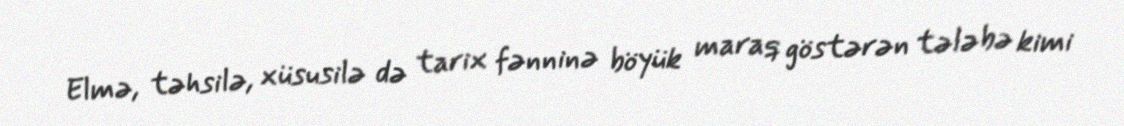
Elmə, təhsilə, xüsusilə də tarix fənninə böyük maraq göstərən tələbə kimi